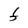
Character: F